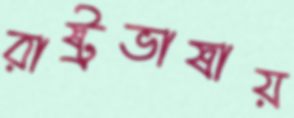
রাষ্ট্রভাষায়